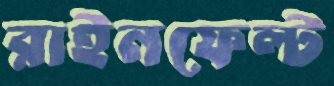
রাইনফেল্ট